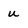
Character: u